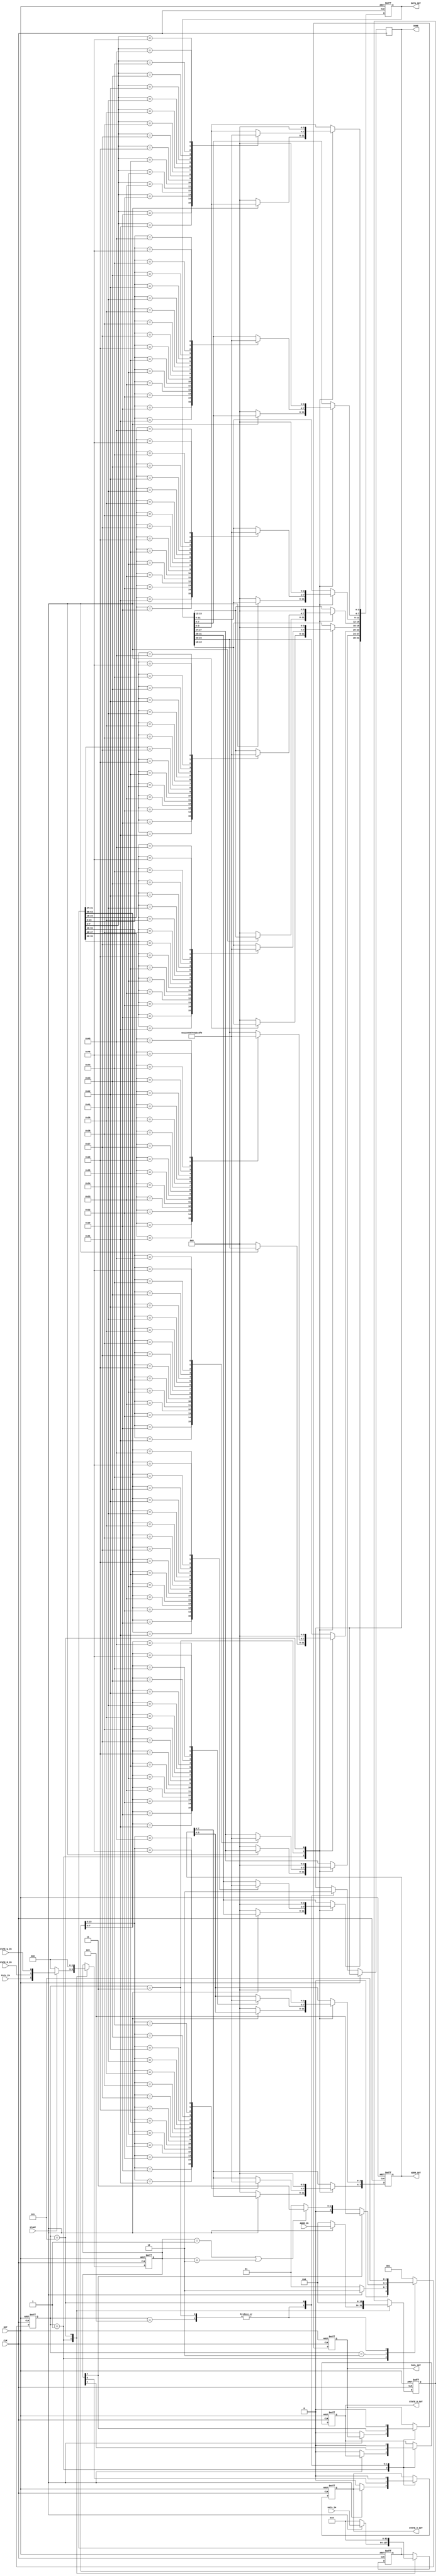
`timescale 1ns / 1ps

module UART_DEC (
	input wire			CLK,
	input wire			RST,
	input wire			STATE_R_IN,
	input wire			STATE_W_IN,
	input wire [15:0]	ADDR_IN,
	input wire [63:0]	DATA_IN,
	input wire			FAIL_IN,
	input wire			START,

	output 	reg			STATE_R_OUT,
	output 	reg			STATE_W_OUT,
	output  reg [7:0]	ADDR_OUT,
	output  reg [31:0]	DATA_OUT,
	output 	reg			FAIL_OUT,
	output	reg 		DONE
	);

	reg [2:0] 	STATE;
	reg [2:0] 	STATE_BUF;
	reg [63:0] 	DATA_BUF;
	reg [15:0] 	ADDR_BUF;

	parameter IDLE 			= 3'b001;
	parameter BEGIN 		= 3'b010;
	parameter WRITE_READ 	= 3'b011;
	parameter FAIL 			= 3'b100;
	parameter STOP 			= 3'b101;

	always @(posedge CLK or posedge RST) begin
		if (RST) begin
			// reset
			STATE 			<= IDLE;
			STATE_R_OUT 	<= 1'b0;
			STATE_W_OUT 	<= 1'b0;
			ADDR_OUT	 	<= 8'h0;
			DATA_OUT	 	<= 32'h0;
			FAIL_OUT 		<= 1'b0;
			STATE_BUF 		<= 3'b0;
			DATA_BUF 		<= 64'b0;
			ADDR_BUF 		<= 16'b0;
		end
		else begin
			case (STATE)
				IDLE: begin
					if (START) begin
						STATE 		<= BEGIN;
						STATE_BUF 	<= { FAIL_IN, STATE_R_IN, STATE_W_IN };
						DATA_BUF 	<= DATA_IN;
						ADDR_BUF 	<= ADDR_IN;
					end
					else begin
						STATE_R_OUT 	<= 1'b0;
						STATE_W_OUT 	<= 1'b0;
						ADDR_OUT	 	<= 8'h0;
						DATA_OUT	 	<= 32'h0;
						FAIL_OUT 		<= 1'b0;
						STATE_BUF 		<= 3'b0;
						STATE 			<= IDLE;
						DATA_BUF 		<= 64'b0;
						ADDR_BUF 		<= 16'b0;
					end
				end

				BEGIN: begin
					if (STATE_BUF[2] == 1) begin
						STATE <= FAIL;
					end
					else if (STATE_BUF == 3'b001 || STATE_BUF == 3'b010) begin
						STATE <= WRITE_READ;
					end
					else begin
						STATE <= IDLE;
					end
				end

				WRITE_READ: begin
					case (ADDR_BUF[7:0])
						8'h30: ADDR_OUT[3:0] <= 4'h0;
						8'h31: ADDR_OUT[3:0] <= 4'h1;
						8'h32: ADDR_OUT[3:0] <= 4'h2;
						8'h33: ADDR_OUT[3:0] <= 4'h3;
						8'h34: ADDR_OUT[3:0] <= 4'h4;
						8'h35: ADDR_OUT[3:0] <= 4'h5;
						8'h36: ADDR_OUT[3:0] <= 4'h6;
						8'h37: ADDR_OUT[3:0] <= 4'h7;
						8'h38: ADDR_OUT[3:0] <= 4'h8;
						8'h39: ADDR_OUT[3:0] <= 4'h9;
						8'h41: ADDR_OUT[3:0] <= 4'hA;
						8'h42: ADDR_OUT[3:0] <= 4'hB;
						8'h43: ADDR_OUT[3:0] <= 4'hC;
						8'h44: ADDR_OUT[3:0] <= 4'hD;
						8'h45: ADDR_OUT[3:0] <= 4'hE;
						8'h46: ADDR_OUT[3:0] <= 4'hF;
					endcase
					case (ADDR_BUF[15:8])
						8'h30: ADDR_OUT[7:4] <= 4'h0;
						8'h31: ADDR_OUT[7:4] <= 4'h1;
						8'h32: ADDR_OUT[7:4] <= 4'h2;
						8'h33: ADDR_OUT[7:4] <= 4'h3;
						8'h34: ADDR_OUT[7:4] <= 4'h4;
						8'h35: ADDR_OUT[7:4] <= 4'h5;
						8'h36: ADDR_OUT[7:4] <= 4'h6;
						8'h37: ADDR_OUT[7:4] <= 4'h7;
						8'h38: ADDR_OUT[7:4] <= 4'h8;
						8'h39: ADDR_OUT[7:4] <= 4'h9;
						8'h41: ADDR_OUT[7:4] <= 4'hA;
						8'h42: ADDR_OUT[7:4] <= 4'hB;
						8'h43: ADDR_OUT[7:4] <= 4'hC;
						8'h44: ADDR_OUT[7:4] <= 4'hD;
						8'h45: ADDR_OUT[7:4] <= 4'hE;
						8'h46: ADDR_OUT[7:4] <= 4'hF;
					endcase
					case (DATA_BUF[7:0])
						8'h30: DATA_OUT[3:0] <= 4'h0;
						8'h31: DATA_OUT[3:0] <= 4'h1;
						8'h32: DATA_OUT[3:0] <= 4'h2;
						8'h33: DATA_OUT[3:0] <= 4'h3;
						8'h34: DATA_OUT[3:0] <= 4'h4;
						8'h35: DATA_OUT[3:0] <= 4'h5;
						8'h36: DATA_OUT[3:0] <= 4'h6;
						8'h37: DATA_OUT[3:0] <= 4'h7;
						8'h38: DATA_OUT[3:0] <= 4'h8;
						8'h39: DATA_OUT[3:0] <= 4'h9;
						8'h41: DATA_OUT[3:0] <= 4'hA;
						8'h42: DATA_OUT[3:0] <= 4'hB;
						8'h43: DATA_OUT[3:0] <= 4'hC;
						8'h44: DATA_OUT[3:0] <= 4'hD;
						8'h45: DATA_OUT[3:0] <= 4'hE;
						8'h46: DATA_OUT[3:0] <= 4'hF;
					endcase
					case (DATA_BUF[15:8])
						8'h30: DATA_OUT[7:4] <= 4'h0;
						8'h31: DATA_OUT[7:4] <= 4'h1;
						8'h32: DATA_OUT[7:4] <= 4'h2;
						8'h33: DATA_OUT[7:4] <= 4'h3;
						8'h34: DATA_OUT[7:4] <= 4'h4;
						8'h35: DATA_OUT[7:4] <= 4'h5;
						8'h36: DATA_OUT[7:4] <= 4'h6;
						8'h37: DATA_OUT[7:4] <= 4'h7;
						8'h38: DATA_OUT[7:4] <= 4'h8;
						8'h39: DATA_OUT[7:4] <= 4'h9;
						8'h41: DATA_OUT[7:4] <= 4'hA;
						8'h42: DATA_OUT[7:4] <= 4'hB;
						8'h43: DATA_OUT[7:4] <= 4'hC;
						8'h44: DATA_OUT[7:4] <= 4'hD;
						8'h45: DATA_OUT[7:4] <= 4'hE;
						8'h46: DATA_OUT[7:4] <= 4'hF;
					endcase
					case (DATA_BUF[23:16])
						8'h30: DATA_OUT[11:8] <= 4'h0;
						8'h31: DATA_OUT[11:8] <= 4'h1;
						8'h32: DATA_OUT[11:8] <= 4'h2;
						8'h33: DATA_OUT[11:8] <= 4'h3;
						8'h34: DATA_OUT[11:8] <= 4'h4;
						8'h35: DATA_OUT[11:8] <= 4'h5;
						8'h36: DATA_OUT[11:8] <= 4'h6;
						8'h37: DATA_OUT[11:8] <= 4'h7;
						8'h38: DATA_OUT[11:8] <= 4'h8;
						8'h39: DATA_OUT[11:8] <= 4'h9;
						8'h41: DATA_OUT[11:8] <= 4'hA;
						8'h42: DATA_OUT[11:8] <= 4'hB;
						8'h43: DATA_OUT[11:8] <= 4'hC;
						8'h44: DATA_OUT[11:8] <= 4'hD;
						8'h45: DATA_OUT[11:8] <= 4'hE;
						8'h46: DATA_OUT[11:8] <= 4'hF;
					endcase
					case (DATA_BUF[31:24])
						8'h30: DATA_OUT[15:12] <= 4'h0;
						8'h31: DATA_OUT[15:12] <= 4'h1;
						8'h32: DATA_OUT[15:12] <= 4'h2;
						8'h33: DATA_OUT[15:12] <= 4'h3;
						8'h34: DATA_OUT[15:12] <= 4'h4;
						8'h35: DATA_OUT[15:12] <= 4'h5;
						8'h36: DATA_OUT[15:12] <= 4'h6;
						8'h37: DATA_OUT[15:12] <= 4'h7;
						8'h38: DATA_OUT[15:12] <= 4'h8;
						8'h39: DATA_OUT[15:12] <= 4'h9;
						8'h41: DATA_OUT[15:12] <= 4'hA;
						8'h42: DATA_OUT[15:12] <= 4'hB;
						8'h43: DATA_OUT[15:12] <= 4'hC;
						8'h44: DATA_OUT[15:12] <= 4'hD;
						8'h45: DATA_OUT[15:12] <= 4'hE;
						8'h46: DATA_OUT[15:12] <= 4'hF;
					endcase
					case (DATA_BUF[39:32])
						8'h30: DATA_OUT[19:16] <= 4'h0;
						8'h31: DATA_OUT[19:16] <= 4'h1;
						8'h32: DATA_OUT[19:16] <= 4'h2;
						8'h33: DATA_OUT[19:16] <= 4'h3;
						8'h34: DATA_OUT[19:16] <= 4'h4;
						8'h35: DATA_OUT[19:16] <= 4'h5;
						8'h36: DATA_OUT[19:16] <= 4'h6;
						8'h37: DATA_OUT[19:16] <= 4'h7;
						8'h38: DATA_OUT[19:16] <= 4'h8;
						8'h39: DATA_OUT[19:16] <= 4'h9;
						8'h41: DATA_OUT[19:16] <= 4'hA;
						8'h42: DATA_OUT[19:16] <= 4'hB;
						8'h43: DATA_OUT[19:16] <= 4'hC;
						8'h44: DATA_OUT[19:16] <= 4'hD;
						8'h45: DATA_OUT[19:16] <= 4'hE;
						8'h46: DATA_OUT[19:16] <= 4'hF;
					endcase
					case (DATA_BUF[47:40])
						8'h30: DATA_OUT[23:20] <= 4'h0;
						8'h31: DATA_OUT[23:20] <= 4'h1;
						8'h32: DATA_OUT[23:20] <= 4'h2;
						8'h33: DATA_OUT[23:20] <= 4'h3;
						8'h34: DATA_OUT[23:20] <= 4'h4;
						8'h35: DATA_OUT[23:20] <= 4'h5;
						8'h36: DATA_OUT[23:20] <= 4'h6;
						8'h37: DATA_OUT[23:20] <= 4'h7;
						8'h38: DATA_OUT[23:20] <= 4'h8;
						8'h39: DATA_OUT[23:20] <= 4'h9;
						8'h41: DATA_OUT[23:20] <= 4'hA;
						8'h42: DATA_OUT[23:20] <= 4'hB;
						8'h43: DATA_OUT[23:20] <= 4'hC;
						8'h44: DATA_OUT[23:20] <= 4'hD;
						8'h45: DATA_OUT[23:20] <= 4'hE;
						8'h46: DATA_OUT[23:20] <= 4'hF;
					endcase
					case (DATA_BUF[55:48])
						8'h30: DATA_OUT[27:24] <= 4'h0;
						8'h31: DATA_OUT[27:24] <= 4'h1;
						8'h32: DATA_OUT[27:24] <= 4'h2;
						8'h33: DATA_OUT[27:24] <= 4'h3;
						8'h34: DATA_OUT[27:24] <= 4'h4;
						8'h35: DATA_OUT[27:24] <= 4'h5;
						8'h36: DATA_OUT[27:24] <= 4'h6;
						8'h37: DATA_OUT[27:24] <= 4'h7;
						8'h38: DATA_OUT[27:24] <= 4'h8;
						8'h39: DATA_OUT[27:24] <= 4'h9;
						8'h41: DATA_OUT[27:24] <= 4'hA;
						8'h42: DATA_OUT[27:24] <= 4'hB;
						8'h43: DATA_OUT[27:24] <= 4'hC;
						8'h44: DATA_OUT[27:24] <= 4'hD;
						8'h45: DATA_OUT[27:24] <= 4'hE;
						8'h46: DATA_OUT[27:24] <= 4'hF;
					endcase
					case (DATA_BUF[63:56])
						8'h30: DATA_OUT[31:28] <= 4'h0;
						8'h31: DATA_OUT[31:28] <= 4'h1;
						8'h32: DATA_OUT[31:28] <= 4'h2;
						8'h33: DATA_OUT[31:28] <= 4'h3;
						8'h34: DATA_OUT[31:28] <= 4'h4;
						8'h35: DATA_OUT[31:28] <= 4'h5;
						8'h36: DATA_OUT[31:28] <= 4'h6;
						8'h37: DATA_OUT[31:28] <= 4'h7;
						8'h38: DATA_OUT[31:28] <= 4'h8;
						8'h39: DATA_OUT[31:28] <= 4'h9;
						8'h41: DATA_OUT[31:28] <= 4'hA;
						8'h42: DATA_OUT[31:28] <= 4'hB;
						8'h43: DATA_OUT[31:28] <= 4'hC;
						8'h44: DATA_OUT[31:28] <= 4'hD;
						8'h45: DATA_OUT[31:28] <= 4'hE;
						8'h46: DATA_OUT[31:28] <= 4'hF;
					endcase
					STATE_R_OUT <= STATE_BUF[1];
					STATE_W_OUT <= STATE_BUF[0];
					FAIL_OUT 	<= STATE_BUF[2];
					DONE 		<= 1'b1;
					STATE 		<= STOP;
				end

				FAIL: begin
					STATE_R_OUT <= STATE_BUF[1];
					STATE_W_OUT <= STATE_BUF[0];
					FAIL_OUT 	<= STATE_BUF[2];
					DONE 		<= 1'b1;
					STATE 		<= STOP;
				end

				STOP: begin
					STATE_R_OUT 	<= 1'b0;
					STATE_W_OUT 	<= 1'b0;
					ADDR_OUT	 	<= 8'h0;
					DATA_OUT	 	<= 32'h0;
					FAIL_OUT 		<= 1'b0;
					DONE 			<= 1'b0;
					STATE_BUF 		<= 3'b0;
					DATA_BUF 		<= 64'b0;
					ADDR_BUF 		<= 16'b0;
					STATE 			<= IDLE;
				end

				default: begin
					STATE 			<= IDLE;
				end
			endcase
		end
	end

endmodule